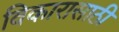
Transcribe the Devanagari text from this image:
विकारासाठी